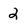
Character: 2